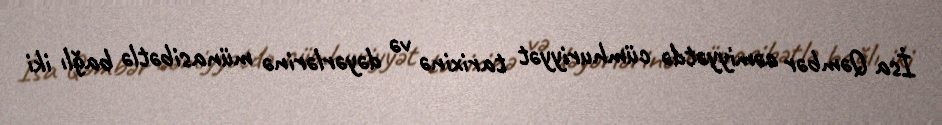
İsa Qəmbər cəmiyyətdə cümhuriyyət tarixinə və dəyərlərinə münasibətlə bağlı iki